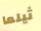
ثيلما